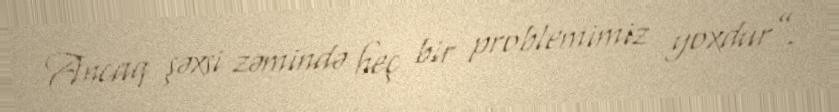
Ancaq şəxsi zəmində heç bir problemimiz yoxdur”.